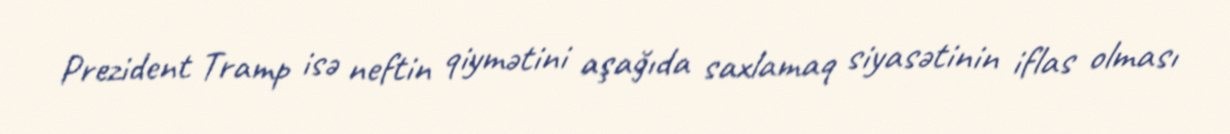
Prezident Tramp isə neftin qiymətini aşağıda saxlamaq siyasətinin iflas olması